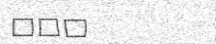
١٣٠